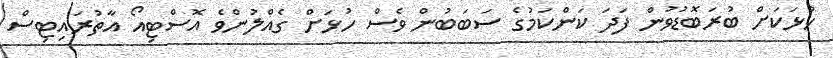
ހުޅަކަށް ބުރަބޮޑުވުން ފަދަ ކަންކަމުގެ ސަބަބުން ވެސް ހުޅަށް ގެއްލުންވެ އޮސްޓިއޯ އާތުރައިޓިސް